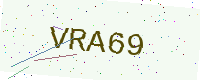
Text: VRA69